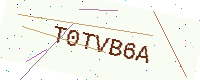
Text: T0TVB6A